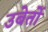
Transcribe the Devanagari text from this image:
उबेर्तो